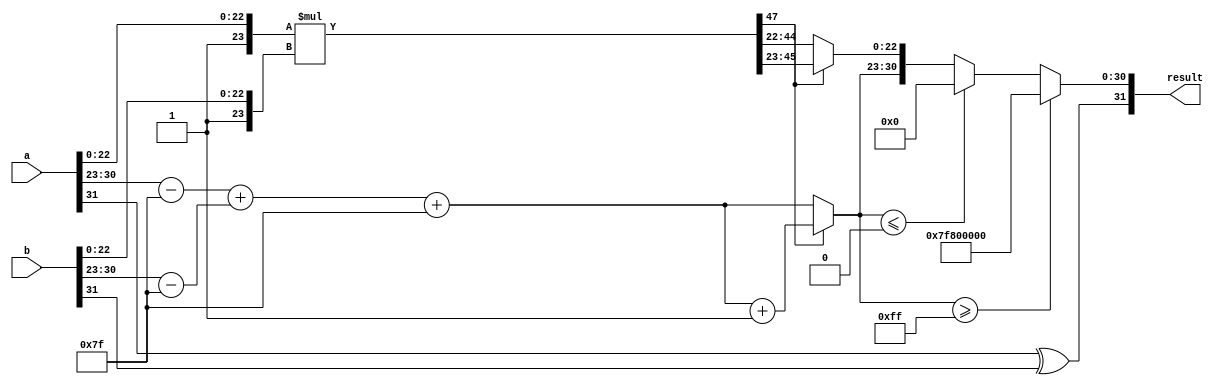
module floating_point_multiplier (
    input [31:0] a, // First floating-point number
    input [31:0] b, // Second floating-point number
    output reg [31:0] result // Resulting floating-point number
);

    // IEEE 754 components
    wire sign_a = a[31];
    wire sign_b = b[31];
    wire [7:0] exp_a = a[30:23];
    wire [7:0] exp_b = b[30:23];
    wire [23:0] mant_a = {1'b1, a[22:0]}; // Implicit leading 1
    wire [23:0] mant_b = {1'b1, b[22:0]}; // Implicit leading 1

    // Intermediate variables
    wire [7:0] exp_a_adjusted = exp_a - 8'd127; // Adjust exponent by bias
    wire [7:0] exp_b_adjusted = exp_b - 8'd127; // Adjust exponent by bias
    wire [47:0] mant_product; // 24 * 24 = 48 bits for mantissa product
    wire [7:0] exp_result; // Resulting exponent
    wire sign_result; // Resulting sign
    reg [23:0] mant_result; // Resulting mantissa
    reg [7:0] exp_final; // Final exponent
    reg overflow, underflow; // Flags for overflow and underflow

    // Compute mantissa product
    assign mant_product = mant_a * mant_b;

    // Compute resulting exponent
    assign exp_result = exp_a_adjusted + exp_b_adjusted + 8'd127; // Add bias

    // Determine the sign of the result
    assign sign_result = sign_a ^ sign_b;

    // Normalization and rounding
    always @(*) begin
        // Default values
        mant_result = 24'b0;
        exp_final = 8'b0;
        overflow = 1'b0;
        underflow = 1'b0;

        // Check for normalization
        if (mant_product[47]) begin
            // If mant_product is greater than 1, normalize by right shift
            mant_result = mant_product[46:23]; // Take the upper 24 bits
            exp_final = exp_result + 1; // Increment exponent
        end else begin
            // Normalize by left shifting
            mant_result = mant_product[45:22]; // Take the upper 24 bits
            exp_final = exp_result; // Exponent remains the same
        end

        // Check for overflow and underflow
        if (exp_final >= 8'd255) begin
            overflow = 1'b1; // Overflow case
            result = {sign_result, 8'd255, 23'b0}; // Set result to infinity
        end else if (exp_final <= 8'd0) begin
            underflow = 1'b1; // Underflow case
            result = {sign_result, 8'd0, 23'b0}; // Set result to zero
        end else begin
            result = {sign_result, exp_final[7:0], mant_result[22:0]}; // Construct result
        end
    end
endmodule